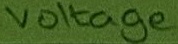
Text: Voltage